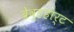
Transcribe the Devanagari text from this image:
ब्रेव्हहार्ट